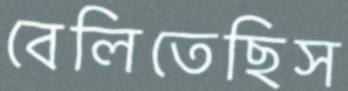
বেলিতেছিস